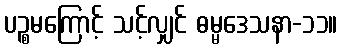
ပဉ္စမကြောင့် သင့်လျှင် ဓမ္မဒေသနာ-၁၁။